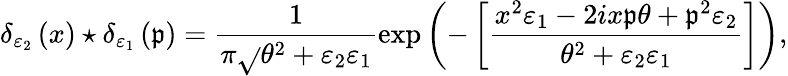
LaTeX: \delta_{\varepsilon_{2}}\left(x\right)\star\delta_{\varepsilon_{1}}\left(\mathfrak{p}\right)=\frac{{1}}{{\pi\sqrt{}{{\theta^{2}+\varepsilon_{2}\varepsilon_{1}}}}}\exp\left(-\left[\frac{{x^{2}\varepsilon_{1}-2ix\mathfrak{p}\theta+\mathfrak{p}^{2}\varepsilon_{2}}}{{\theta^{2}+\varepsilon_{2}\varepsilon_{1}}}\right]\right),